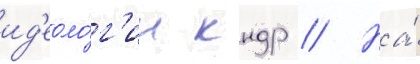
ид'еоло́г'ии кндр // На́